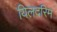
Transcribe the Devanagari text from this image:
यिलदरिम